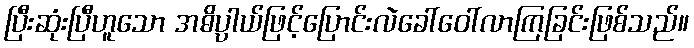
ပြီးဆုံးပြီဟူသော အဓိပ္ပါယ်ဖြင့်ပြောင်းလဲခေါ်ဝေါ်လာကြခြင်းဖြစ်သည်။